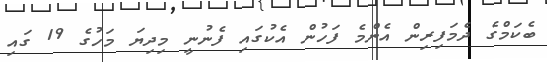
ބެކަމްގެ ދެމަފިރިން އެންމެ ފަހުން އެކުގައި ފެނުނީ މިދިޔަ މަހުގެ 19 ގައި